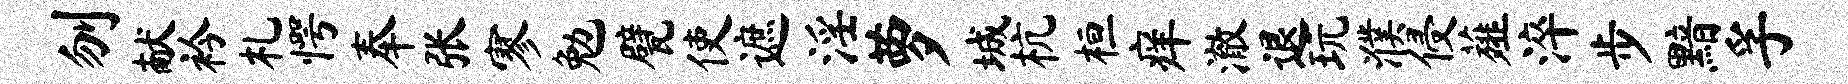
刎献衿札愕奉张寥勉甓使遮淫萝城杭桓痒澈退玩濮侵薤淬步黯孚